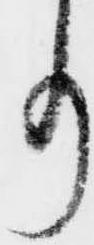
事